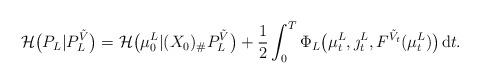
LaTeX: \begin{align*} \mathcal H\bigl(P_L|P_L^{\tilde V}\bigr) = \mathcal H\bigl(\mu^L_0|(X_0)_\# P_L^{\tilde V}\bigr) + \frac 12 \int_0^T \Phi_L\bigl(\mu^L_t,\jmath^L_t,F^{\tilde V_t}(\mu^L_t)\bigr)\;\!\mathrm dt .\end{align*}